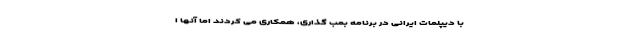
با دیپلمات ایرانی در برنامه بمب گذاری، همکاری می کردند اما آنها ا